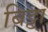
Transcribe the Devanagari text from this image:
बिट्टा